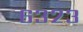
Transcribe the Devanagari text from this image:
६३२३